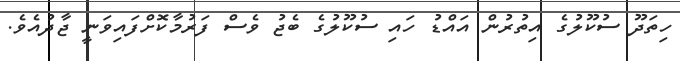
ހިތަދޫ ސުކޫލުގެ އިތުރުން އައްޑު ހައި ސުކޫލުގެ ބެޖު ވެސް ފަރުމާކޮށްފައިވަނީ ޖާދުއެވެ.